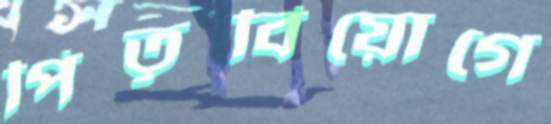
পিতৃবিয়োগে